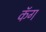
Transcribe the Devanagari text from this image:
कॅग